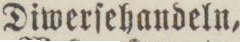
Diwerſehandeln,